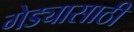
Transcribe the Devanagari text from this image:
गेड्यासाठी